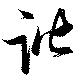
諧